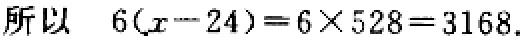
所以 \(6(x - 24)=6\times528 = 3168\).